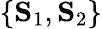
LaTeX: \{ \mathbf{S}_{1},\mathbf{S}_{2}\}